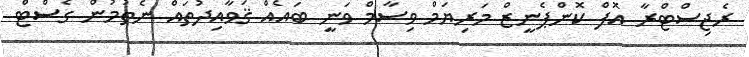
ރެޖިސްޓްރާ އޮފް ކޮންޕެނީޒް މަރިޔަމް ވިސާމް ވަނީ ބައެއް ޤަވާއިދުތައް ނެތުމުން ގެސްޓް